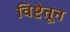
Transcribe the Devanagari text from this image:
विष्टेतून